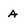
Character: A